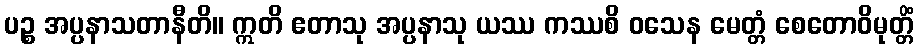
ပဉ္စ အပ္ပနာသတာနီတိ။ ဣတိ ဧတာသု အပ္ပနာသု ယဿ ကဿစိ ဝသေန မေတ္တံ စေတောဝိမုတ္တိံ